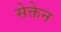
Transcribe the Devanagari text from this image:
सेक्तेन